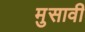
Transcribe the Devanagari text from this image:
मुसावी